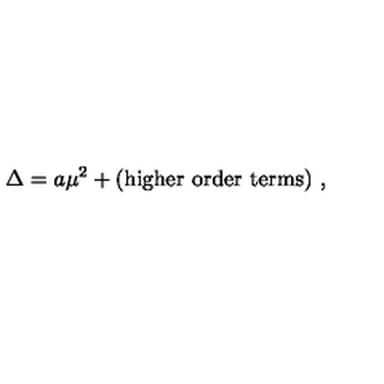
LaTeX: \Delta = a \mu ^ { 2 } + ( \mathrm { h i g h e r \ o r d e r \ t e r m s } ) \ ,